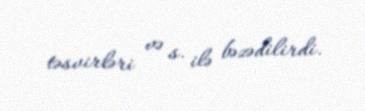
təsvirləri və s. ilə bəzədilirdi.